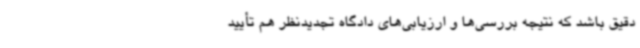
دقیق باشد که نتیجه بررسی‌ها و ارزیابی‌های دادگاه تجدیدنظر هم تأیید